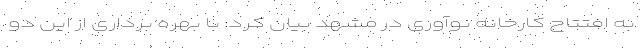
به افتتاح کارخانه نوآوری در مشهد بیان کرد: با بهره برداری از این دو